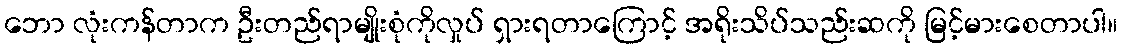
ဘော လုံးကန်တာက ဦးတည်ရာမျိုးစုံကိုလှုပ် ရှားရတာကြောင့် အရိုးသိပ်သည်းဆကို မြင့်မားစေတာပါ။